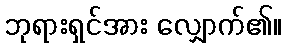
ဘုရားရှင်အား လျှောက်၏။